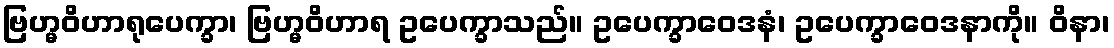
ဗြဟ္မဝိဟာရုပေက္ခာ၊ ဗြဟ္မဝိဟာရ ဥပေက္ခာသည်။ ဥပေက္ခာဝေဒနံ၊ ဥပေက္ခာဝေဒနာကို။ ဝိနာ၊